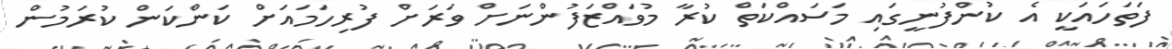
ފަތަހައަކީ އެ ކުންފުނީގައި މަސައްކަތް ކުރާ މުވައްޒަފުންނަށް ވަރަށް ފުރިހަމައަށް ކަންކަން ކުރަމުން